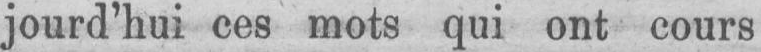
jourd’hui ces mots qui ont cours